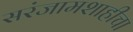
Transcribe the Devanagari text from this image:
सरंजामशाहीचा